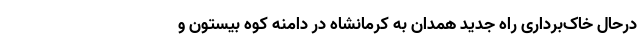
درحال خاک‌برداری راه جدید همدان به کرمانشاه در دامنه کوه بیستون و